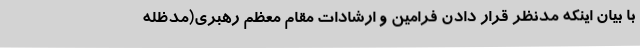
با بیان اینکه مدنظر قرار دادن فرامین و ارشادات مقام معظم رهبری(مدظله